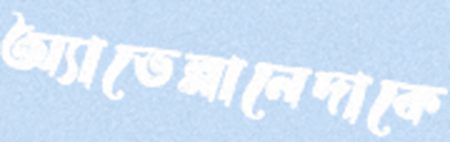
অ্যাভেল্লানেদাকে